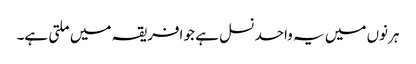
ہرنوں میں یہ واحد نسل ہے جو افریقہ میں ملتی ہے۔